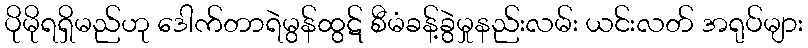
ပိုမိုရရှိမည်ဟု ဒေါက်တာရဲမွန်ထွဋ် စီမံခန့်ခွဲမှုနည်းလမ်း ယင်းလတ် အရုပ်များ